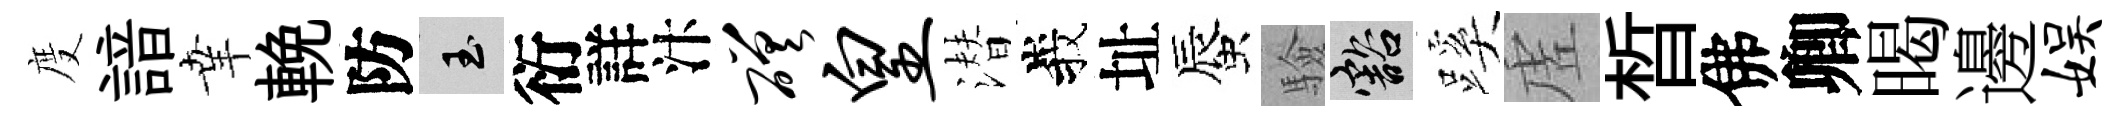
度諳𦍒輓防玉衍詳汴磋皇潜峩址蜃驗豁蹊虗晳佛卿暍邊娱